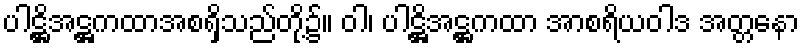
ပါဋ္ဌိအဋ္ဌကထာအစရှိသည်တို့၌။ ဝါ၊ ပါဋ္ဌိအဋ္ဌကထာ အာစရိယဝါဒ အတ္တနော